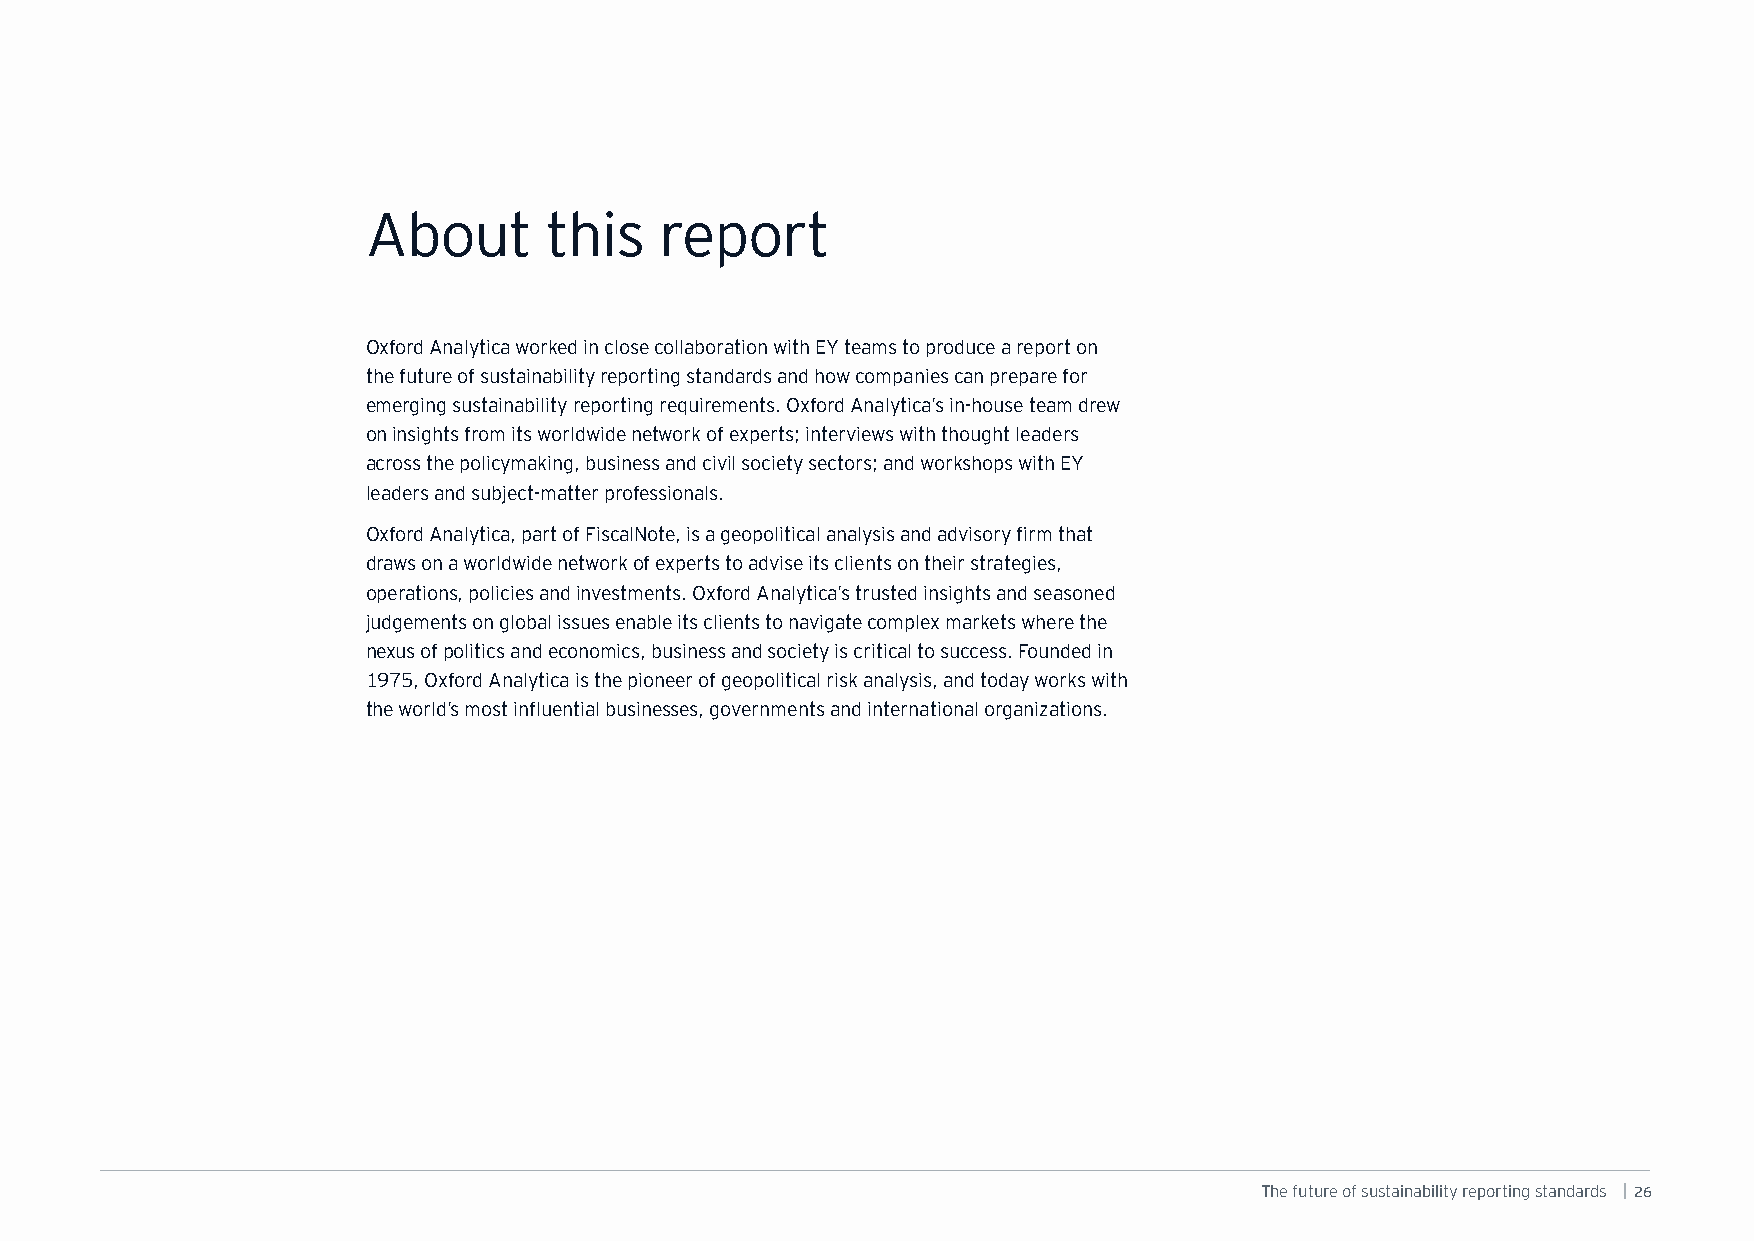
About       this    report
 Oxford Analytica worked in close collaboration with EY teams to produce a report on
 the future of sustainability reporting standards and how companies can prepare for
 emerging sustainability reporting requirements. Oxford Analytica’s in-house team drew
 on insights from its worldwide network of experts; interviews with thought leaders
 across the policymaking, business and civil society sectors; and workshops with EY
 leaders and subject-matter professionals.
 Oxford Analytica, part of FiscalNote, is a geopolitical analysis and advisory firm that
 draws on a worldwide network of experts to advise its clients on their strategies,
 operations, policies and investments. Oxford Analytica’s trusted insights and seasoned
 judgements on global issues enable its clients to navigate complex markets where the
 nexus of politics and economics, business and society is critical to success. Founded in
 1975, Oxford Analytica is the pioneer of geopolitical risk analysis, and today works with
 the world’s most influential businesses, governments and international organizations.
 The future of sustainability reporting standards | 26